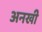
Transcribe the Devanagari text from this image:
अनखी